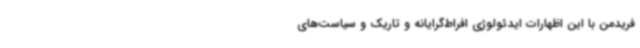
فریدمن با این اظهارات ایدئولوژی افراط‌گرایانه و تاریک و سیاست‌های